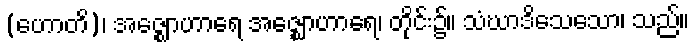
(ဟောတိ)၊ အဇ္ဈောဟာရေ အဇ္ဈောဟာရေ၊ တိုင်း၌။ သံဃာဒိသေသော၊ သည်။